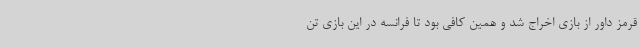
قرمز داور از بازی اخراج شد و همین کافی بود تا فرانسه در این بازی تن